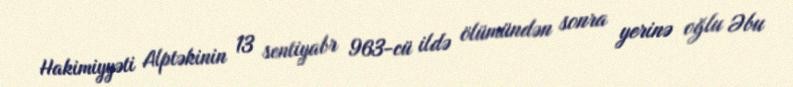
Hakimiyyəti Alptəkinin 13 sentiyabr 963-cü ildə ölümündən sonra yerinə oğlu Əbu